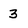
Character: 3